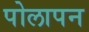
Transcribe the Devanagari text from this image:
पोलापन